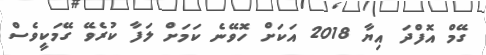
ގޭމް އޮފްދަ އިޔާ 2018 އަކަށް ހޮވޭނެ ކަމަށް ލަފާ ކުރެވޭ ގޭމަކީވެސް